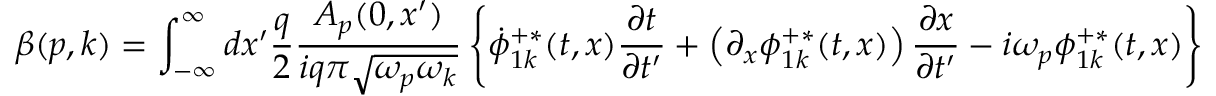
\beta ( p , k ) = \int _ { - \infty } ^ { \infty } d x ^ { \prime } \frac { q } { 2 } \frac { A _ { p } ( 0 , x ^ { \prime } ) } { i q \pi \sqrt { \omega _ { p } \omega _ { k } } } \left\{ \dot { \phi } _ { 1 k } ^ { + \ast } ( t , x ) { \frac { \partial t } { \partial t ^ { \prime } } } + \left( \partial _ { x } \phi _ { 1 k } ^ { + \ast } ( t , x ) \right) { \frac { \partial x } { \partial t ^ { \prime } } } - i \omega _ { p } \phi _ { 1 k } ^ { + \ast } ( t , x ) \right\} _ { t ^ { \prime } = 0 } .